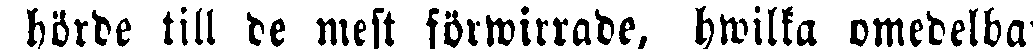
hörde till de mest förwirrade, hwilka omedelbart